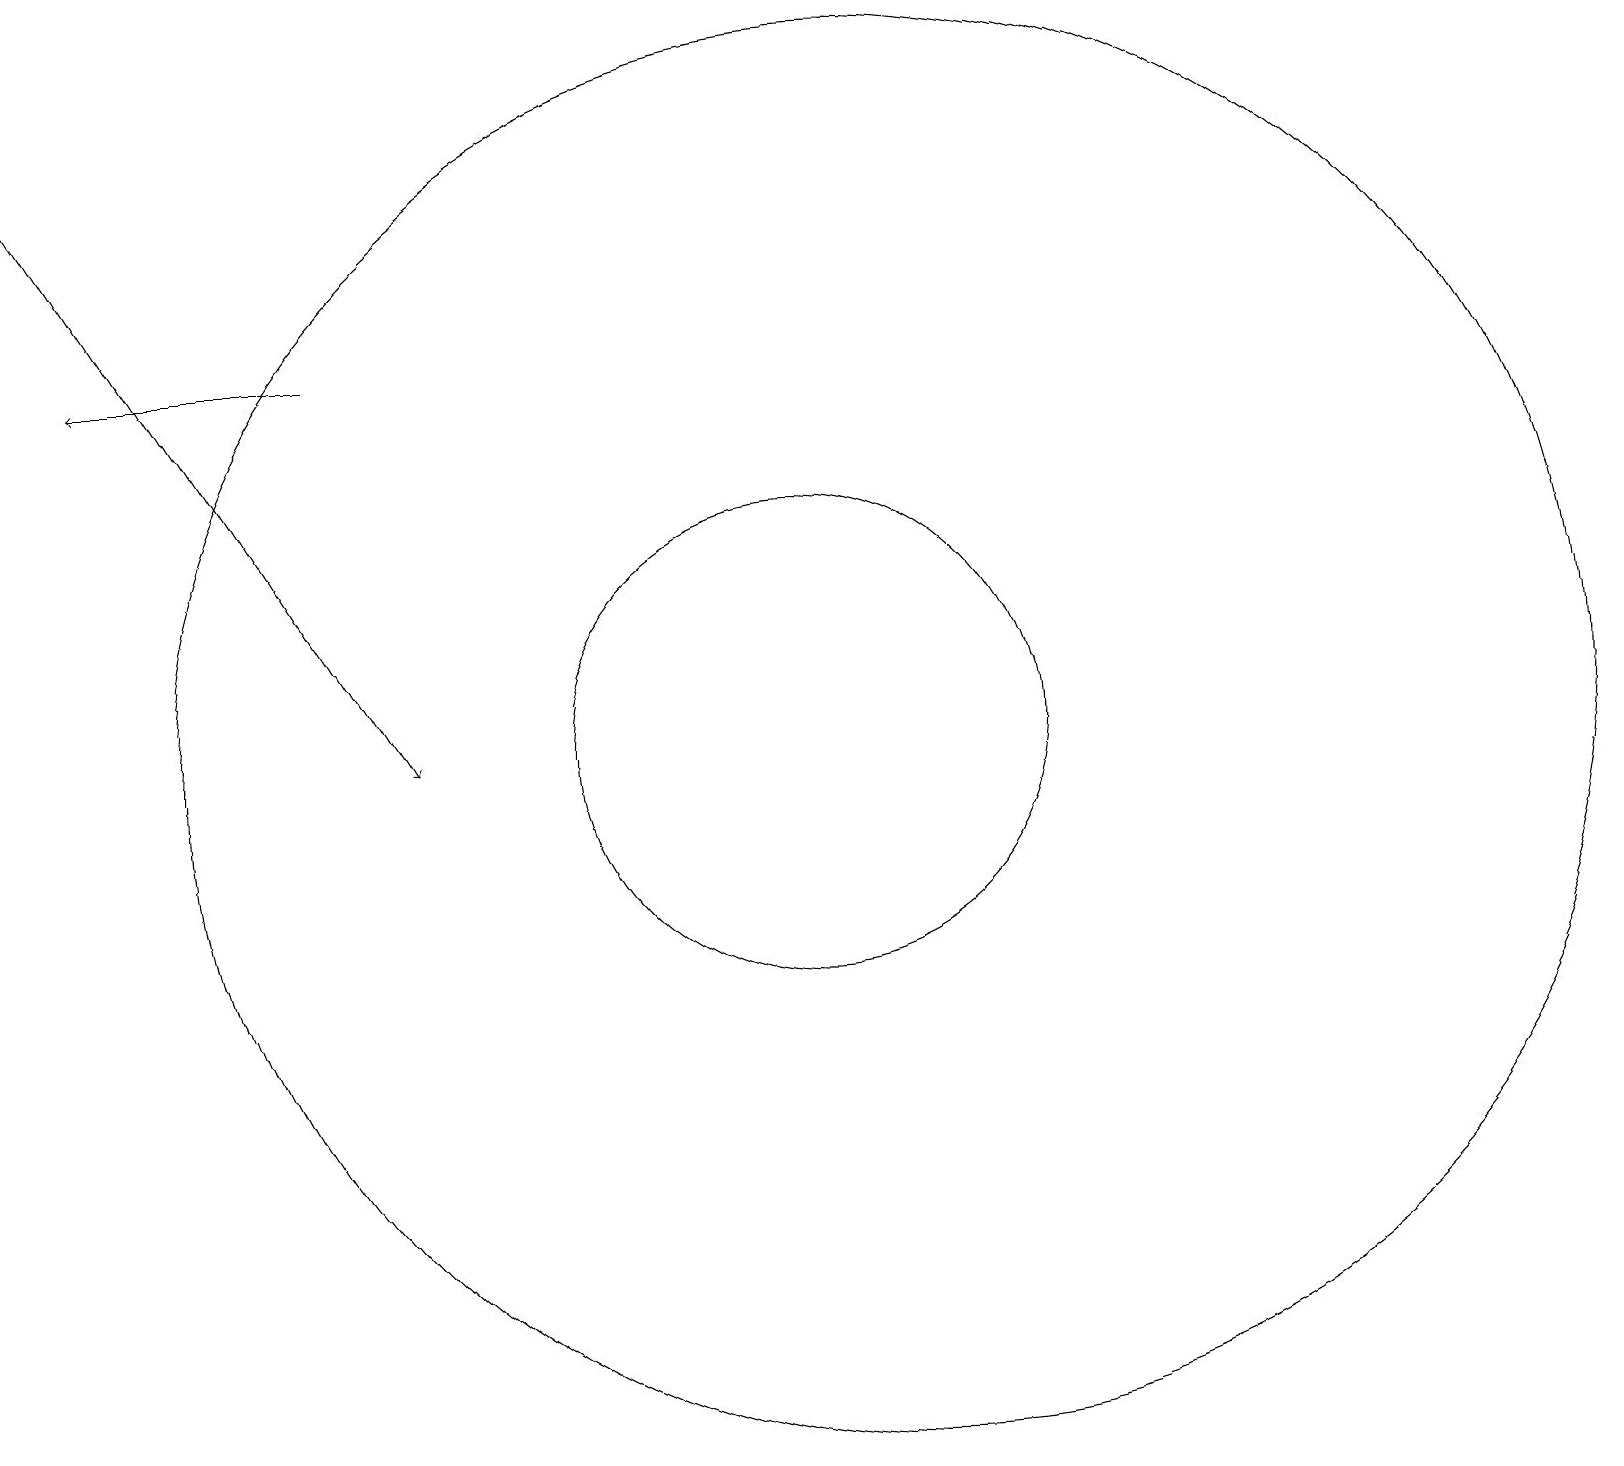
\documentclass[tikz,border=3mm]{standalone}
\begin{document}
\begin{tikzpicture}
\draw (12,11) circle (9);
\draw[->] (5,16) -- (2,16);
\draw[->] (1,19) -- (6,11);
\draw (11,11) circle (3);
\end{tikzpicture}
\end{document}